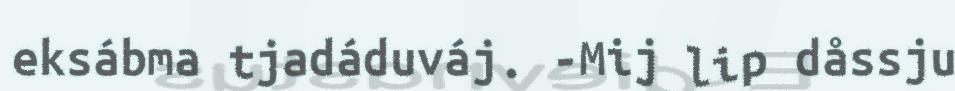
eksábma tjadáduváj. -Mij lip dåssju